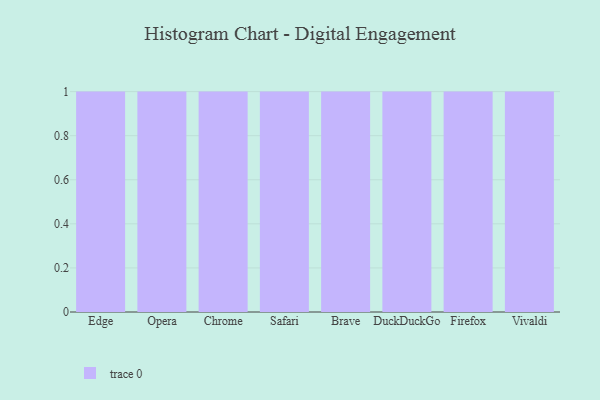
{"axis": {"x": "Browser", "y": "Budget (USD K)"}, "legend": [""], "data": [{"x": "Edge", "y": 18, "type": ""}, {"x": "Opera", "y": 61, "type": ""}, {"x": "Chrome", "y": 18, "type": ""}, {"x": "Safari", "y": 6, "type": ""}, {"x": "Brave", "y": 94, "type": ""}, {"x": "DuckDuckGo", "y": 91, "type": ""}, {"x": "Firefox", "y": 82, "type": ""}, {"x": "Vivaldi", "y": 59, "type": ""}]}